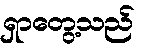
ရှာတွေ့သည်